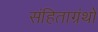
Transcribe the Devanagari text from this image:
संहिताग्रंथों